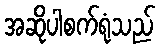
အဆိုပါစက်ရုံသည်